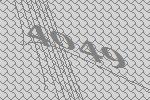
4049